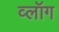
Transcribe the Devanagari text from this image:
व्लॉग